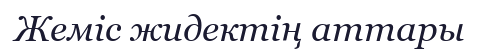
Жеміс жидектің аттары